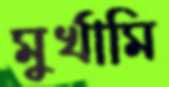
মুর্খামি